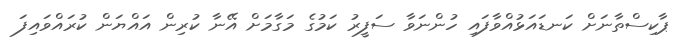
ޕާކިސްތާނަށް ކަނޑައަޅުއްވާފައި ހުންނަވާ ސަފީރު ކަމުގެ މަގާމަށް އޭނާ ކުރިން އައްޔަން ކުރައްވައިފަ